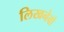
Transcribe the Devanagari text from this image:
लिखनेवो